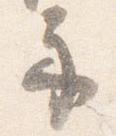
示